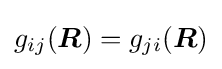
g_{ij}({\boldsymbol {R}})=g_{ji}({\boldsymbol {R}})